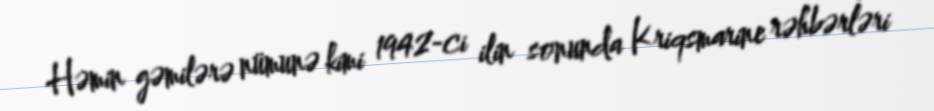
Həmin gəmilərə nümunə kimi 1942-ci ilin sonunda Kriqsmarine rəhbərləri